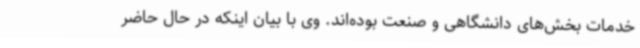
خدمات بخش‌های دانشگاهی و صنعت بوده‌اند. وی با بیان اینکه در حال حاضر